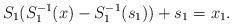
LaTeX: \begin{align*}S_1(S_1^{-1}(x)-S_1^{-1}(s_1))+s_1=x_1.\end{align*}